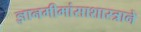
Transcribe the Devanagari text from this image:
ज्ञानमीमांसाशास्त्राने